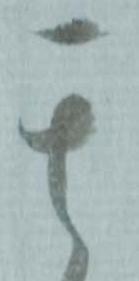
其